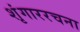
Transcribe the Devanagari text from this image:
शृंगाररचना